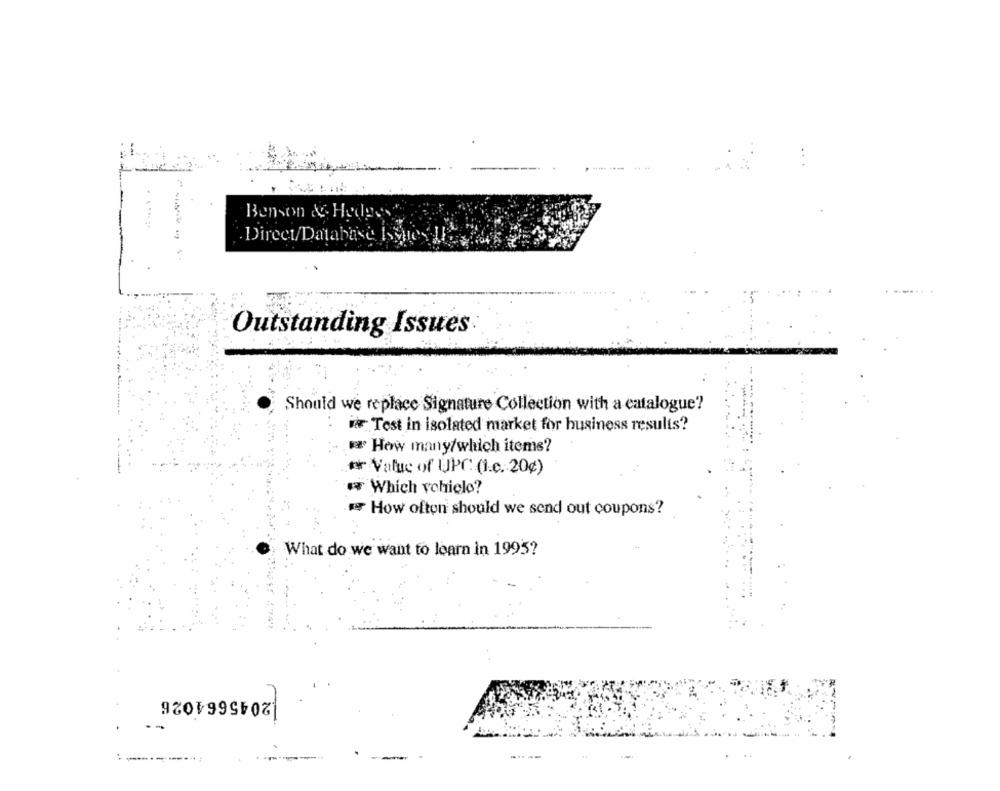
Benson & Hedges
Direct/Database Issues LI.
Outstanding Issues
Should we replace Signature Collection with a catalogue?
: i Test in isolated market for business results?
How many/which items?
o Value of UPC (I.c. 20¢)
** Which vchielo?
How often should we send out coupons?
What do we want to learn in 1995?
2045664026
---
--